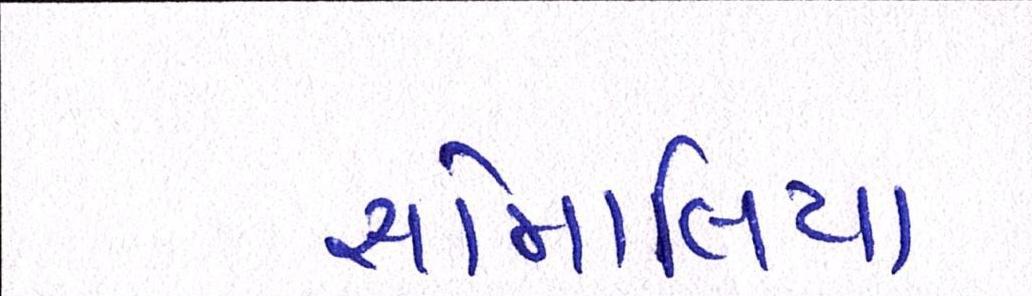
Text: સોમાલિયા